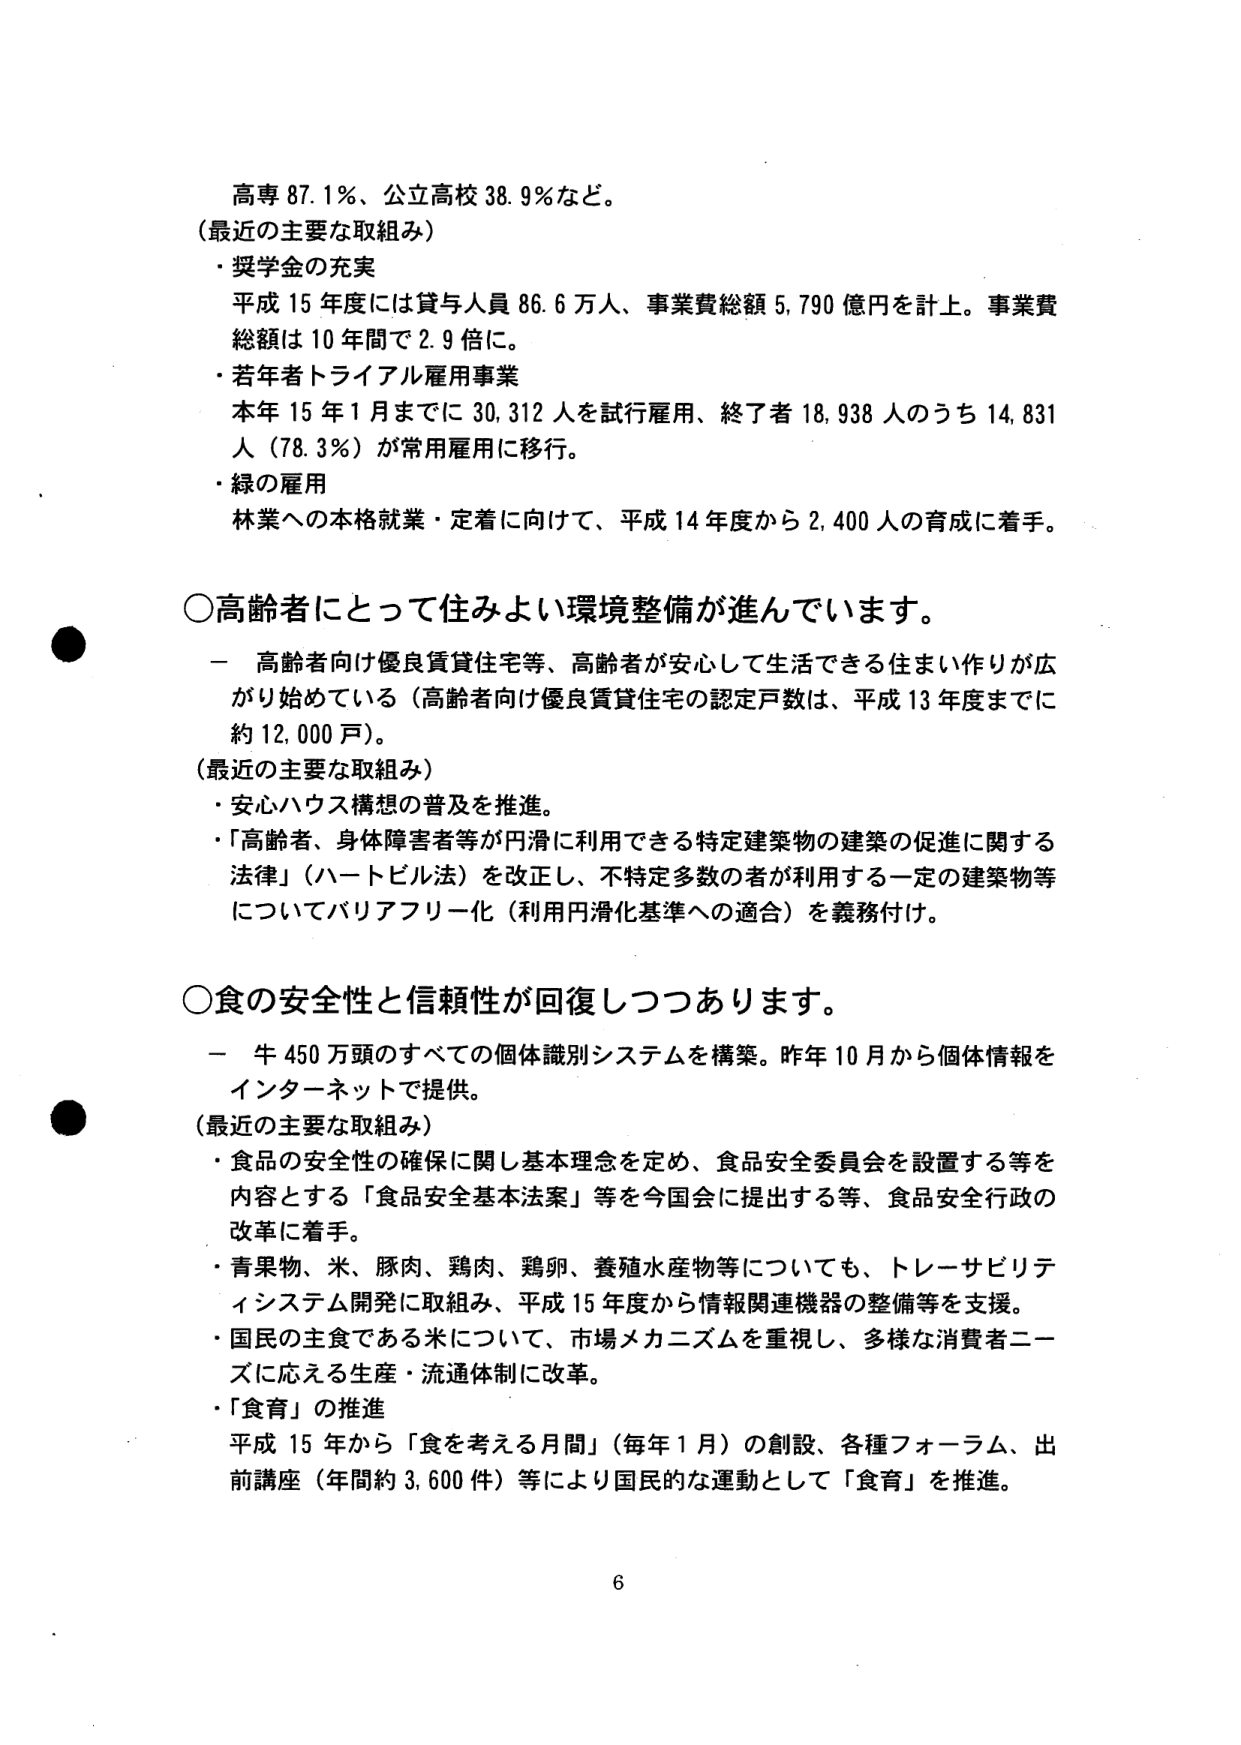
高専 87.1％、公立高校 38.9％など。
（最近の主要な取組み）
・奨学金の充実
平成 15 年度には貸与人員 86.6 万人、事業費総額 5,790 億円を計上。事業費
総額は 10 年間で 2.9 倍に。
・若年者トライアル雇用事業
本年 15 年 1 月までに 30,312 人を試行雇用、終了者 18,938 人のうち 14,831
人（78.3％）が常用雇用に移行。
・緑の雇用
林業への本格就業・定着に向けて、平成 14 年度から 2,400 人の育成に着手。

○高齢者にとって住みよい環境整備が進んでいます。
－ 高齢者向け優良賃貸住宅等、高齢者が安心して生活できる住まい作りが広
がり始めている（高齢者向け優良賃貸住宅の認定戸数は、平成 13 年度までに
約 12,000 戸）。
（最近の主要な取組み）
・安心ハウス構想の普及を推進。
・「高齢者、身体障害者等が円滑に利用できる特定建築物の建築の促進に関する
法律」（ハートビル法）を改正し、不特定多数の者が利用する一定の建築物等
についてバリアフリー化（利用円滑化基準への適合）を義務付け。

○食の安全性と信頼性が回復しつつあります。
－ 牛 450 万頭のすべての個体識別システムを構築。昨年 10 月から個体情報を
インターネットで提供。
（最近の主要な取組み）
・食品の安全性の確保に関し基本理念を定め、食品安全委員会を設置する等を
内容とする「食品安全基本法案」等を今国会に提出する等、食品安全行政の
改革に着手。
・青果物、米、豚肉、鶏肉、鶏卵、養殖水産物等についても、トレーサビリテ
ィシステム開発に取組み、平成 15 年度から情報関連機器の整備等を支援。
・国民の主食である米について、市場メカニズムを重視し、多様な消費者ニー
ズに応える生産・流通体制に改革。
・「食育」の推進
平成 15 年から「食を考える月間」（毎年 1 月）の創設、各種フォーラム、出
前講座（年間約 3,600 件）等により国民的な運動として「食育」を推進。

6